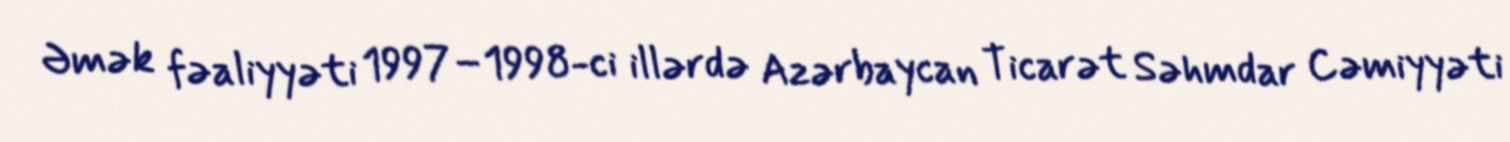
Əmək fəaliyyəti 1997–1998-ci illərdə Azərbaycan Ticarət Səhmdar Cəmiyyəti